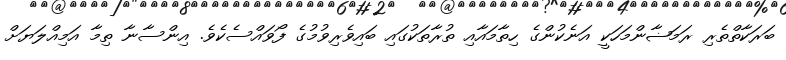
ބަރަކާތްތެރި ރަމަޟާންމަހަކީ އަނެކުންގެ ހިތާމައާއި ތުރާތަކުގައި ބައިވެރިވުމުގެ ފޯވައްސެކެވެ. އިންސާނާ ތިމާ އަމިއްލަޔަށް